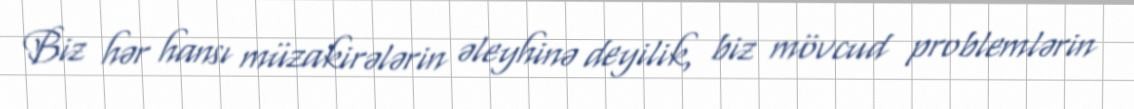
Biz hər hansı müzakirələrin əleyhinə deyilik, biz mövcud problemlərin